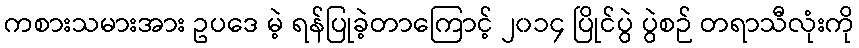
ကစားသမားအား ဥပဒေ မဲ့ ရန်ပြုခဲ့တာကြောင့် ၂၀၁၄ ပြိုင်ပွဲ ပွဲစဉ် တရာသီလုံးကို